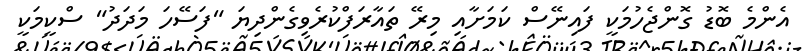
އެންމެ ބޮޑު ގޮންޖެހުމަކީ ފައިނޭސް ކަމަށާއި މިރޭ ތައާރަފްކުރެވިގެންދިޔަ "ފަސޭހަ މަދަދު" ސްކީމަކީ